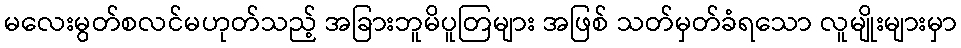
မလေးမွတ်စလင်မဟုတ်သည့် အခြားဘူမိပူတြများ အဖြစ် သတ်မှတ်ခံရသော လူမျိုးများမှာ